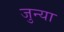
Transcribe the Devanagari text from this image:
जुन्‍या